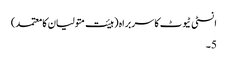
انسٹی ٹیوٹ کا سربراہ (ہیئت متولیان کا معتمد)
5۔